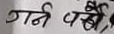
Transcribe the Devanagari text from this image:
गर्ने पर्खे,